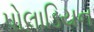
પોલાડિયન